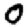
Digit: 0